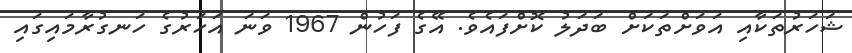
ޝަހަރުތަކާއި އަވަށްތަކަށް ބަދަލު ކޮށްފައެވެ. އޭގެ ފަހުން 1967 ވަނަ އަހަރުގެ ހަނގުރާމައިގައި